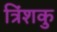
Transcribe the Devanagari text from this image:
त्रिंशकु